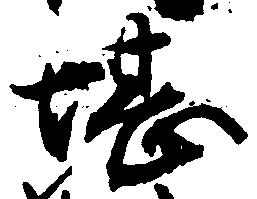
堪